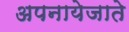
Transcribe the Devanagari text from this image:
अपनायेजाते